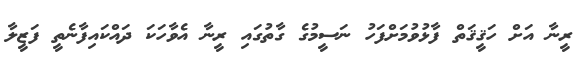
ރީނާ އަށް ހަޤީޤަތް ފާޅުވުމަށްފަހު ނަސީމުގެ ގާތުގައި ރީނާ އެވާހަކަ ދައްކައިފާނެތީ ފަޒީލާ